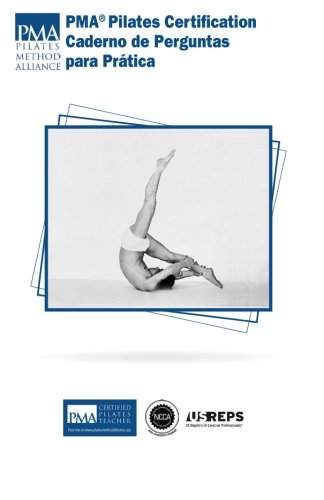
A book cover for PMA Pilates Certification Caderno de Perguntas para PrÃ¡tica (Portuguese Edition); Sherri R Betz; Health, Fitness & Dieting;